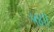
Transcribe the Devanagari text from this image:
५४।।